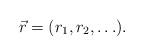
LaTeX: \begin{align*}\vec{r} = (r_1, r_2, \ldots ) . \end{align*}